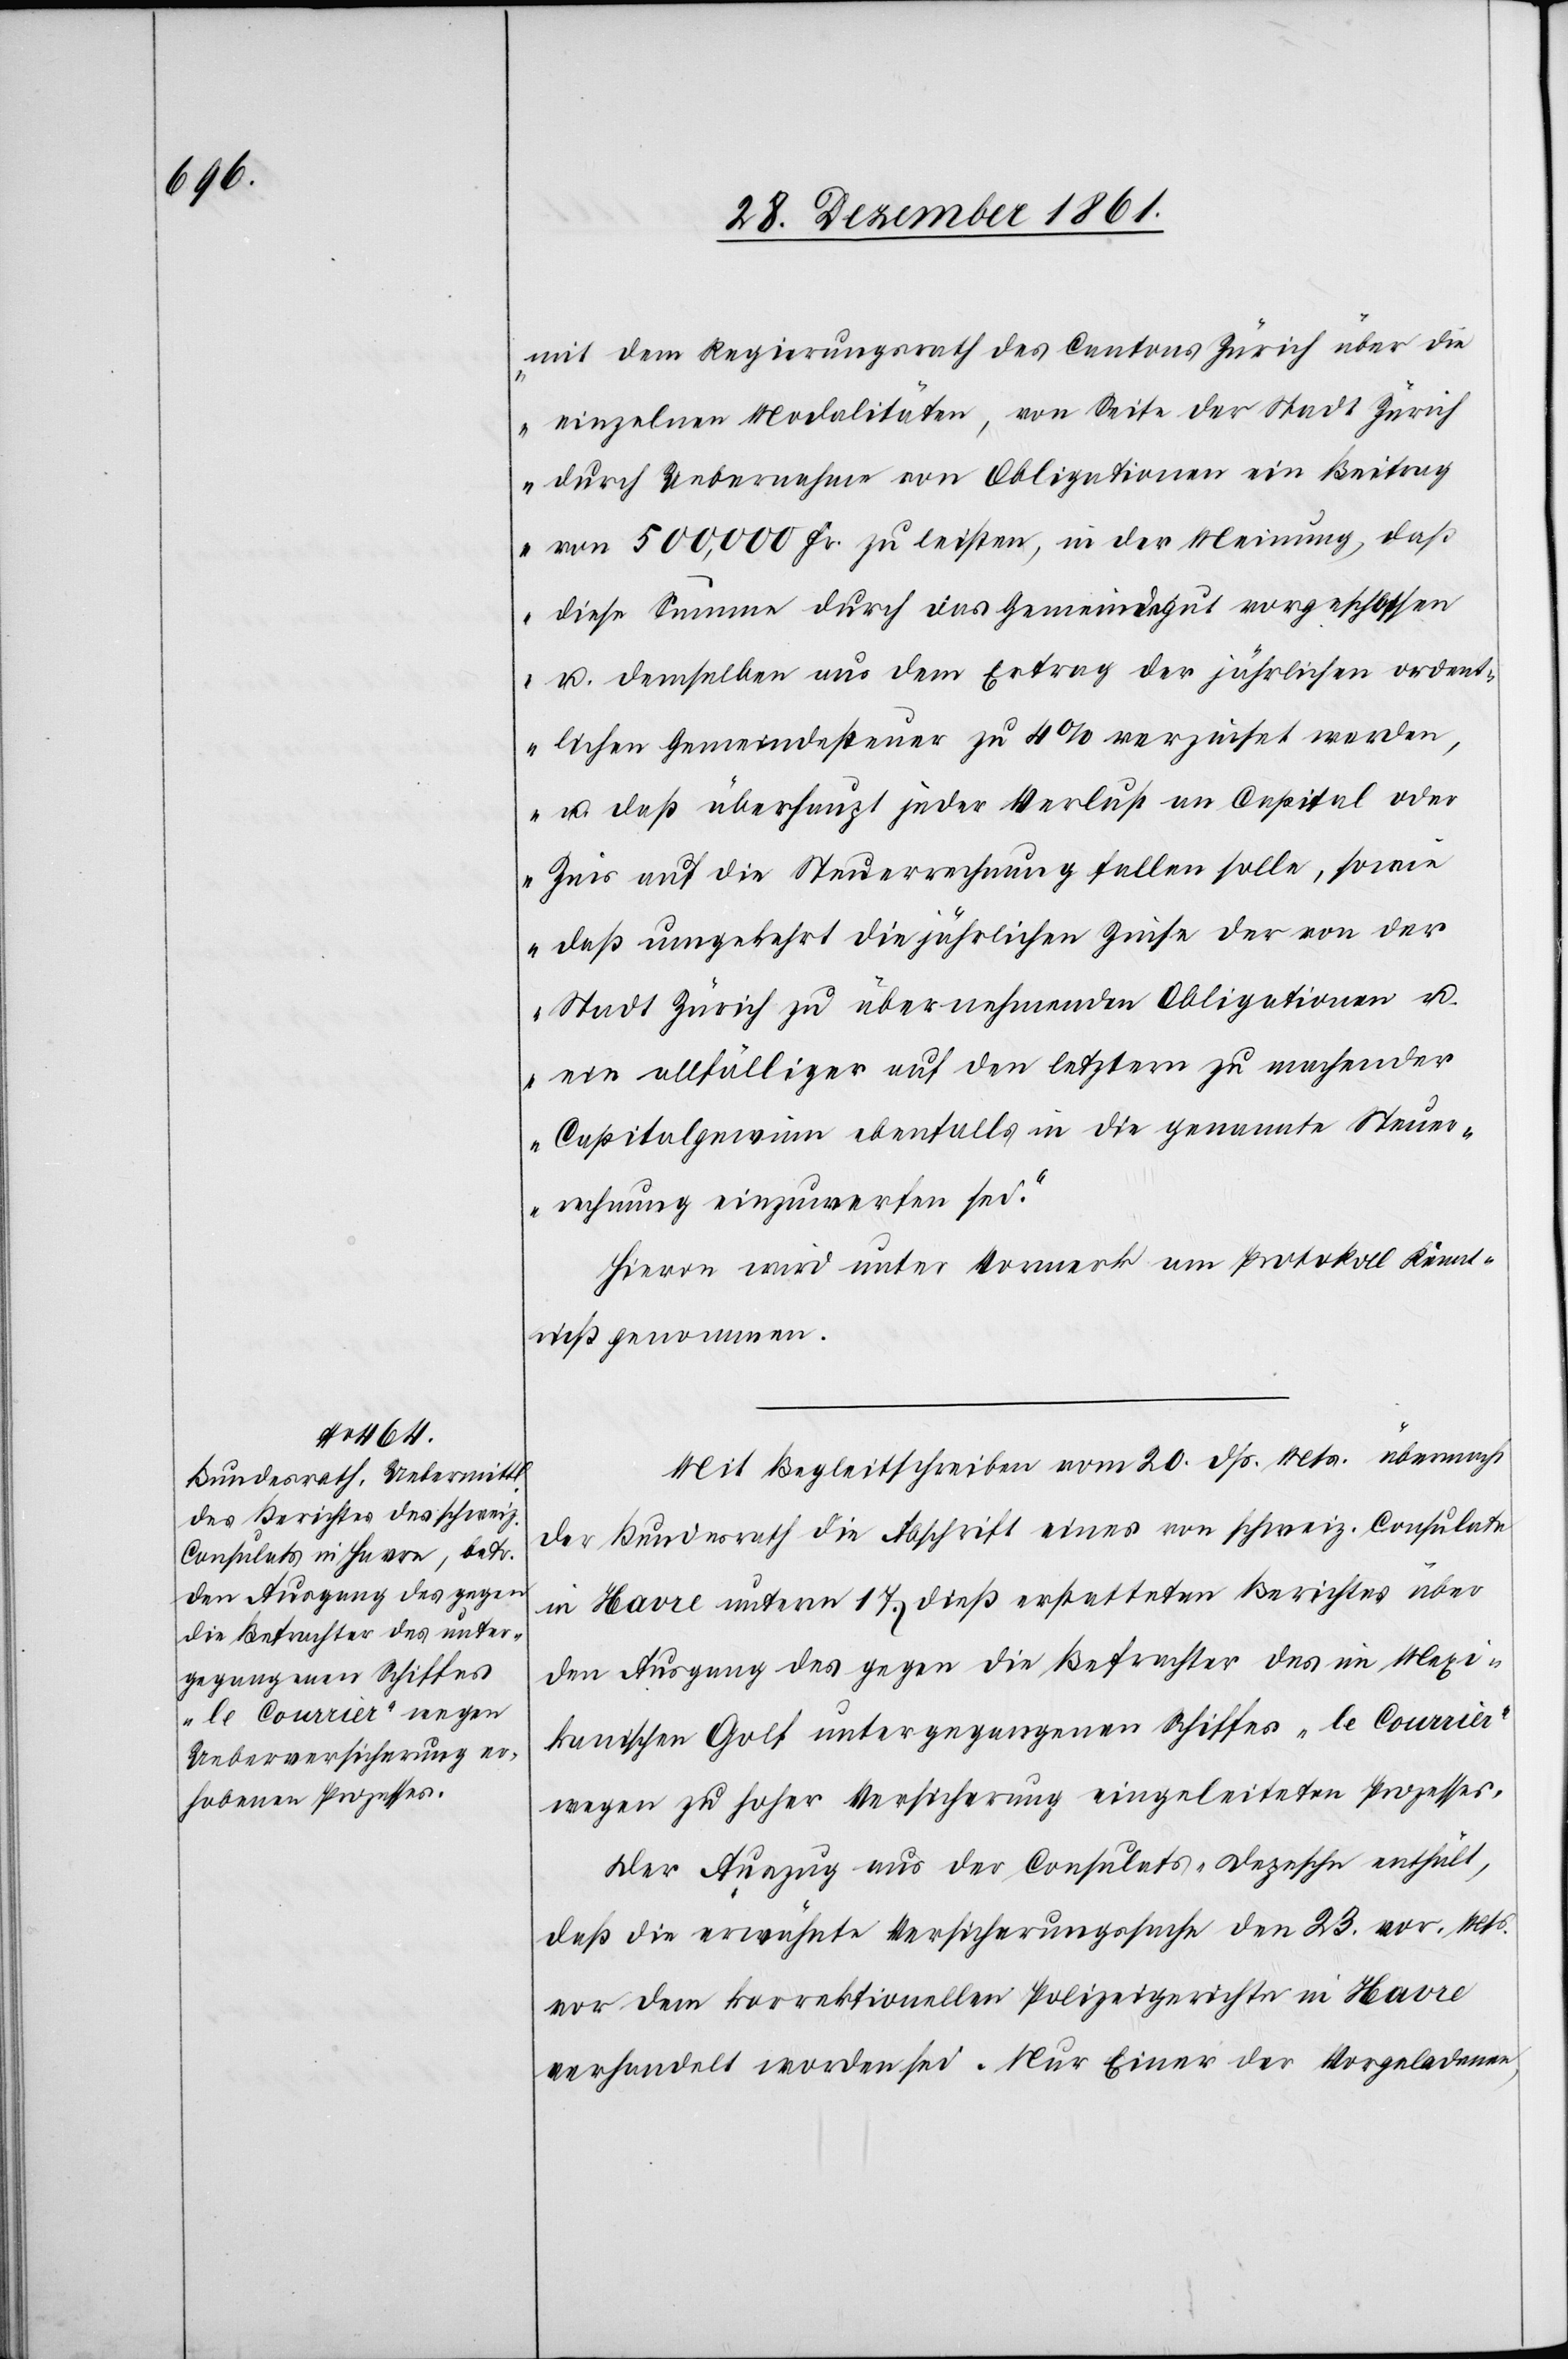
mit dem Regierungsrath des Cantons Zürich über die
einzelnen Modalitäten, von Seite der Stadt Zürich
durch Uebernahme von Obligationen ein Beitrag
von 500,000 Fr. zu leisten, in der Meinung, daß
diese Summe durch das Gemeindgut vorgeschossen
u. demselben aus dem Ertrag der jährlichen ordent¬
lichen Gemeindesteuer zu 4% verzinset werden,
u. daß überhaupt jeder Verlust an Capital oder
Zins auf die Steuerrechnung fallen solle, sowie
daß umgekehrt die jährlichen Zinse der von der
Stadt Zürich zu übernehmenden Obligationen u.
ein allfälliger auf den letztern zu machender
Capitalgewinn ebenfalls in die genannte Steuer¬
rechnung einzuwerfen sei.“
Hievon wird unter Vormerk am Protokoll Kennt¬
niß genommen.
Mit Begleitschreiben vom 20 dss. Mts. übermacht
der Bundesrath die Abschrift eines vom schweiz. Consulate
in Havre unterm 17 dieß erstatteten Berichtes über
den Ausgang des gegen die Befrachter des im Mexi¬
kanischen Golf untergegangenen Schiffes „le Courrier“
wegen zu hoher Versicherung eingeleiteten Prozesses.
Der Auszug aus der Consulats-Depesche enthält,
daß die erwähnte Versicherungssache den 23 vor. Mts.
vor dem korrektionellen Polizeigerichte in Havre
verhandelt worden sei. Nur Einer der Vorgeladenen,